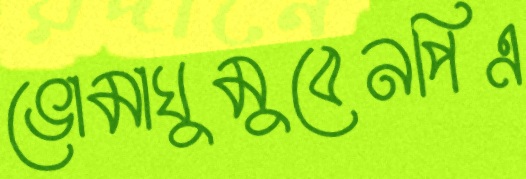
ভোমাঘুমুবেনপিএ